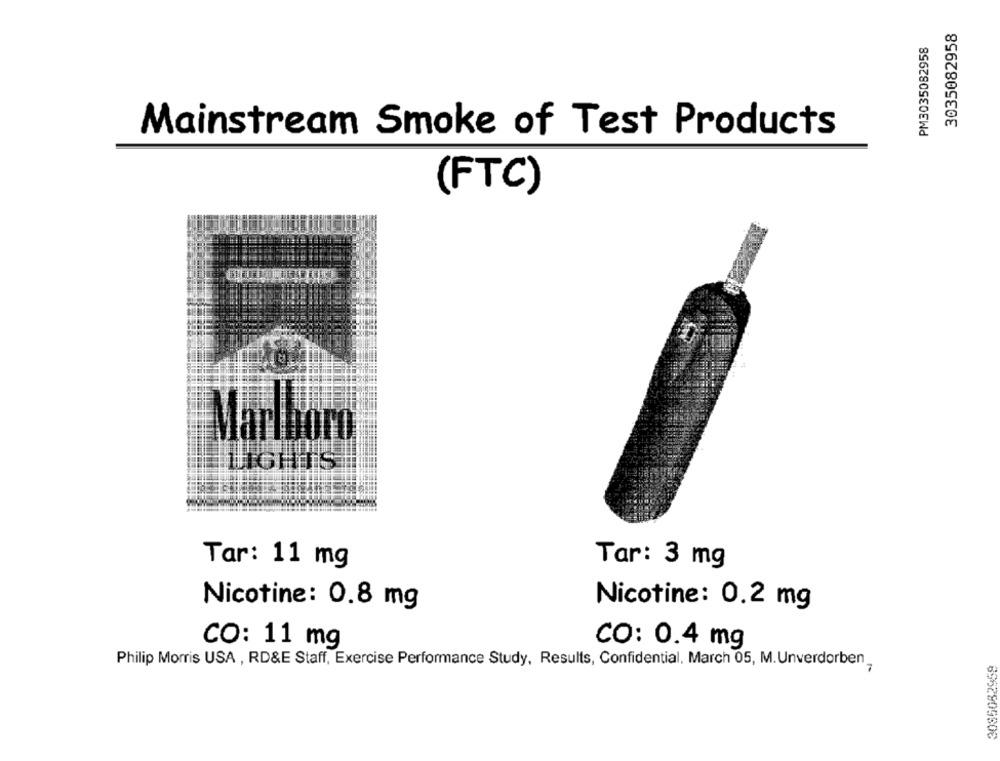
3035082958
PM3035082958
Mainstream Smoke of Test Products
(FTC)
Tar: 3 mg
Tar: 11 mg
Nicotine: 0.8 mg
Nicotine: 0.2 mg
CO: 11 mg
CO: 0.4 mg
Philip Morris USA , RD&E Staff, Exercise Performance Study, Results, Confidential, March 05, M. Unverdorben
3085082959